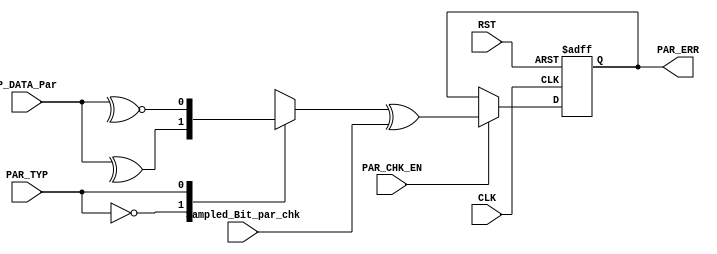
/******************************************************************************
*
* Module: Private - Parity Check Block 
*
*
* Description:  This Block Is Used To Check The Parity of the Message
*              
*               
*
*******************************************************************************/

//********************Port Declaration*************************//
module  Parity_Check # (
  
parameter DATA_WIDTH = 8 ) //Paramters Block
  
(

input wire                        PAR_TYP             ,  //Declaring the Variable As an Input Port with width 1 bit
input wire  [DATA_WIDTH-1:0]      P_DATA_Par          ,  //Declaring the Variable As an Input Port with width 8 bits  
input wire                        PAR_CHK_EN          ,  //Declaring the Variable As an Input Port with width 1 bit
input wire                        CLK                 ,  //Declaring the Variable As an Input Port with width 1 bit
input wire                        RST                 ,  //Declaring the Variable As an Input Port with width 1 bit
input wire                        Sampled_Bit_par_chk ,  //Declaring the Variable As an input Port with width 1 bit
output reg                        PAR_ERR                //Declaring the Variable As an output Port with width 1 bit 

); 
//****************** Parameeters Initialization  ****************//

localparam          ONE            = 1'b1   ,//initialize a parameter variable with a binary value 1
                    ZERO           = 1'b0   ;//initialize a parameter variable with a binary value 0
                    

//********************Internal Signal Declaration*****************//

reg                 parity_Checker      ; //initialize a reg variable with a binary value 1

//*************************** The RTL Code *****************************//
/*************** Starting The Sequential Always Block ***************/

always @(posedge CLK or negedge RST )

begin 
        if(!RST)
        
           begin
              
               PAR_ERR <= ZERO ;
                      
           end
  
      else if ( PAR_CHK_EN   ) 
        
           begin
            
               PAR_ERR <= parity_Checker ^	Sampled_Bit_par_chk ;
         
          end	
end 
/*************** Starting The Combinational Always Block ***************/

always @(*)

  begin
    
    case(PAR_TYP)
   
    1'b0 : 
          begin                 
	       
	           parity_Checker <= ^P_DATA_Par  ;     // Even Parity
	       
	       end
   
    1'b1 : 
         
         begin
	           
	           parity_Checker <= ~^P_DATA_Par ;     // Odd Parity
	      
	       end		
 
    endcase       	 
 end 
 
/*******************************************************************************/

endmodule